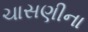
ચાસણીના